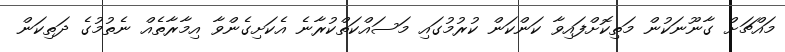
މައްޗަށް ގާނޫނަކުން މަތިކޮށްފައިވާ ކަންކަން ކުރުމުގައި މަސައްކަތްކުރާނެ އެކަށިގެންވާ އިމާރާތެއް ނެތުމުގެ ދަތިކަން